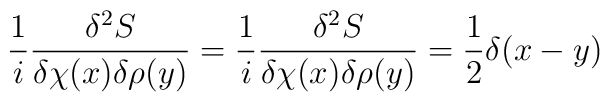
\frac{1}{i} \frac{\delta^2 S} {\delta \chi(x) \delta \rho(y)}=\frac{1}{i} \frac {\delta^2 S}{\delta \chi(x) \delta \rho(y)} =\frac{1}{2} \delta (x-y)